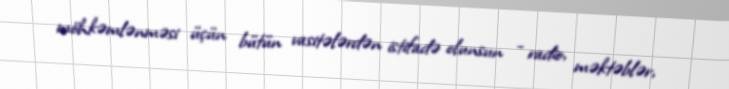
möhkəmlənməsi üçün bütün vasitələrdən istifadə olunsun - radio, məktəblər,